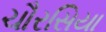
ચૌરસિયા